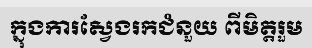
ក្នុងការស្វែងរកជំនួយ ពីមិត្តរួម